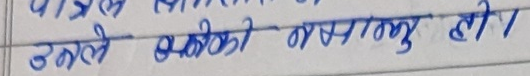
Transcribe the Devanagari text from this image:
इनले सबको समझना हो।